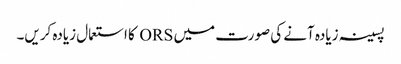
پسینہ زیادہ آنے کی صورت میں ORS کا استعمال زیادہ کریں۔